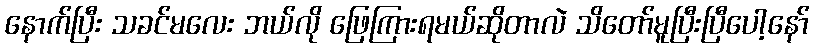
နောက်ပြီး သခင်မလေး ဘယ်လို ဖြေကြားရမယ်ဆိုတာလဲ သိတော်မူပြီးပြီပေါ့နော်